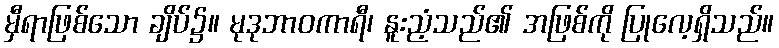
မှီရာဖြစ်သော ချိပ်၌။ မုဒုဘာဝကာရီ၊ နူးညံ့သည်၏ အဖြစ်ကို ပြုလေ့ရှိသည်။